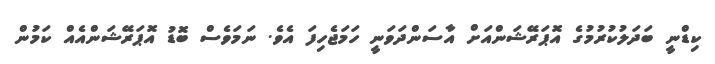
ކިޑްނީ ބަދަލުކުރުމުގެ އޮޕަރޭޝަންއަށް އާސަންދަވަނީ ހަމަޖެހިފަ އެވެ. ނަމަވެސް ބޮޑު އޮޕަރޭޝަންއެއް ކަމުން